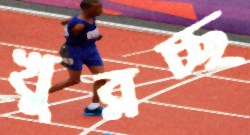
খুব্‌লচ্ছ